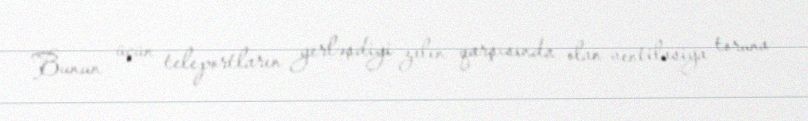
Bunun üçün teleportların yerləşdiyi zalın qarşısında olan ventilasiya toruna